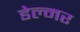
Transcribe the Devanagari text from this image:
डेल्मर